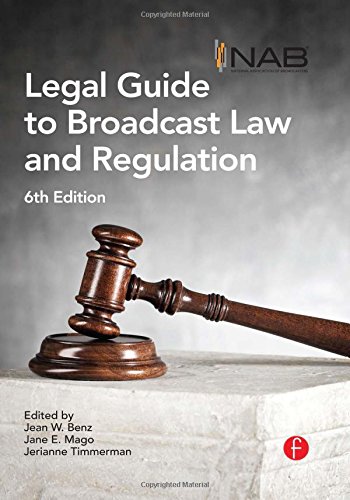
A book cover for NAB Legal Guide to Broadcast Law and Regulation; Law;